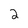
Character: 2